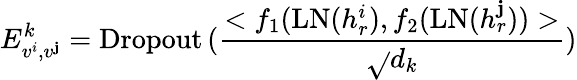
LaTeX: E_{v^{i},v^{\mathbf{j}}}^{k}=\operatorname{Dropout}{(\frac{{<f_{1}(\mathrm{{LN}}(h_{r}^{i}),f_{2}(\mathrm{{LN}}(h_{r}^{\mathbf{j}}))>}}{{\sqrt{}{{d_{k}}}}})}